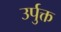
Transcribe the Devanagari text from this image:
उर्पुक्त